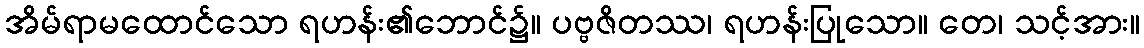
အိမ်ရာမထောင်သော ရဟန်း၏ဘောင်၌။ ပဗ္ဗဇိတဿ၊ ရဟန်းပြုသော။ တေ၊ သင့်အား။